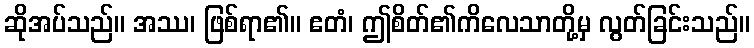
ဆိုအပ်သည်။ အဿ၊ ဖြစ်ရာ၏။ ဧတံ၊ ဤစိတ်၏ကိလေသာတို့မှ လွတ်ခြင်းသည်။